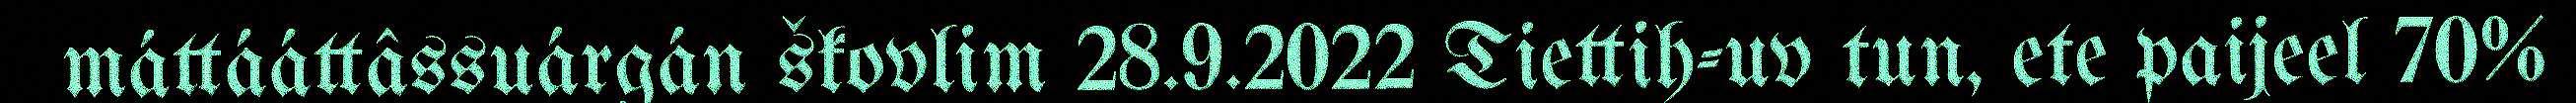
máttááttâssuárgán škovlim 28.9.2022 Tiettih-uv tun, ete paijeel 70%